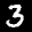
Label: 3